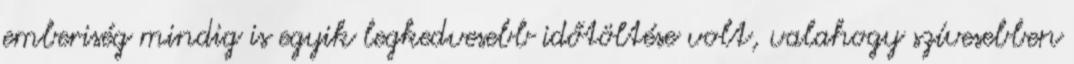
emberiség mindig is egyik legkedvesebb időtöltése volt, valahogy szívesebben